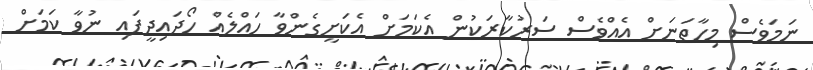
ނަމަވެސް މިހާތަނަށް އެއްވެސް ސަރުކާރަކުން އެކަމަށް އެކަށީގެންވާ ހައްލެއް ހޯދައިދީފައި ނުވާ ކަމަށް